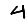
Digit: 4